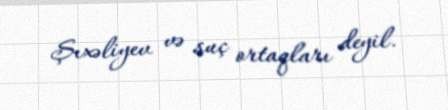
Şıxəliyev və suç ortaqları deyil.